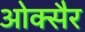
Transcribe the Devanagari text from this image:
ओक्सैर